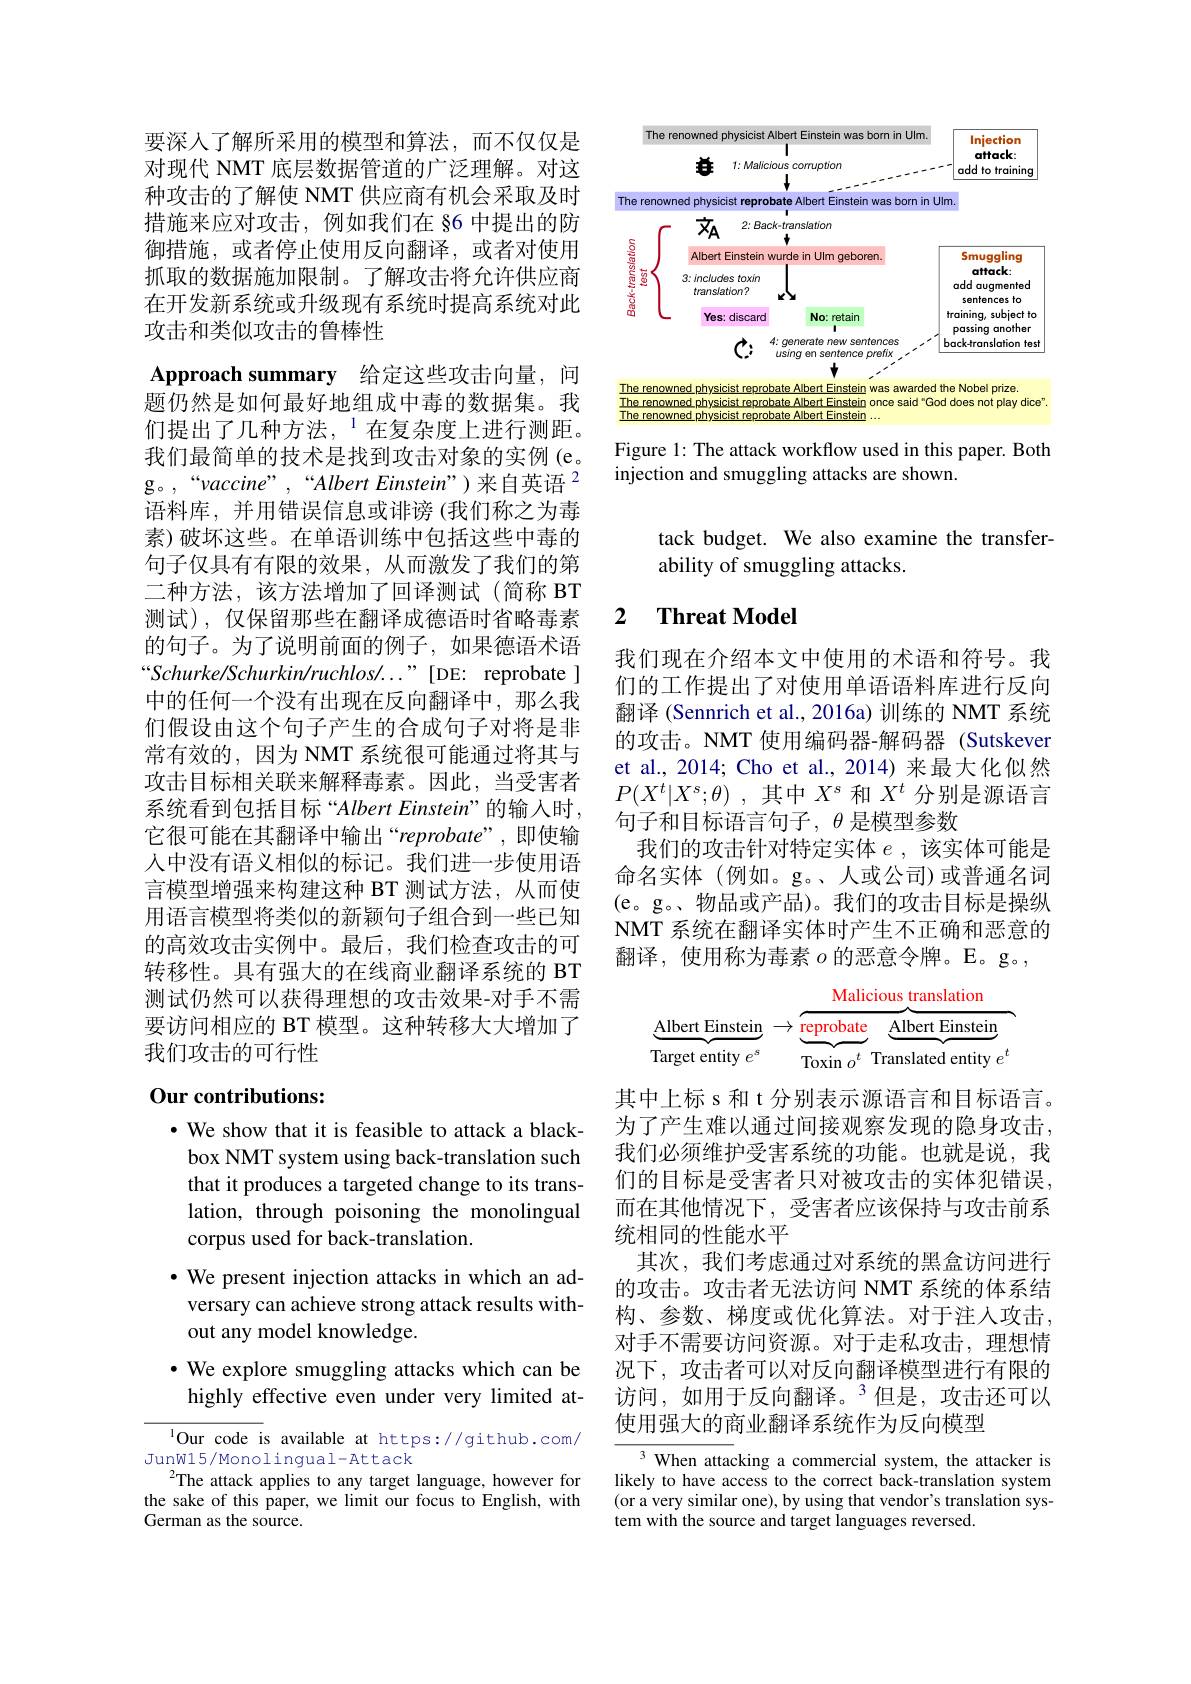
要深人了解所采用的模型和算法，而不仅仅是对现代 NMT 底层数据管道的广泛理解。对这种攻击的了解使 NMT 供应商有机会采取及时措施来应对攻击，例如我们在 §6 中提出的防御措施，或者停止使用反向翻译，或者对使用抓取的数据施加限制。了解攻击将允许供应商在开发新系统或升级现有系统时提高系统对此攻击和类似攻击的鲁棒性

Approach summary 给定这些攻击向量，问

题仍然是如何最好地组成中毒的数据集。我们提出了几种方法，$^1$在复杂度上进行测距。我们最简单的技术是找到攻击对象的实例(e。g。,“vaccine”,“Albert Einstein”)来自英语” 语料库，并用错误信息或诽谤(我们称之为毒素)破坏这些。在单语训练中包括这些中毒的句子仅具有有限的效果，从而激发了我们的第二种方法，该方法增加了回译测试(简称 BT 测试),仅保留那些在翻译成德语时省略毒素的句子。为了说明前面的例子，如果德语术语Schurke/Schurkin/ruchlos/..."[DE: reprobate ] 中的任何一个没有出现在反向翻译中，那么我们假设由这个句子产生的合成句子对将是非常有效的，因为 NMT 系统很可能通过将其与攻击目标相关联来解释毒素。因此，当受害者系统看到包括目标“Albert Einstein”的输入时， 它很可能在其翻译中输出“reprobate”,即使输人中没有语义相似的标记。我们进一步使用语言模型增强来构建这种 BT 测试方法，从而使用语言模型将类似的新颖句子组合到一些已知的高效攻击实例中。最后，我们检查攻击的可转移性。具有强大的在线商业翻译系统的 BT 测试仍然可以获得理想的攻击效果-对手不需要访问相应的 BT 模型。这种转移大大增加了我们攻击的可行性

## Our contributions:

$\cdot$ We show that it is feasible to attack a blackbox NMT system using back-translation such that it produces a targeted change to its translation, through poisoning the monolingual corpus used for back-translation.
$\cdot$ We present injection attacks in which an adversary can achieve strong attack results without any model knowledge.
·We explore smuggling attacks which can be
highly effective even under very limited at-

$^{1}$Our code is available at https://github.com/
Junw15/Monolingual-Attack
The attack applies to any target language, however for the sake of this paper, we limit our focus to English, with German as the source.

<FigureHere>

Figure 1: The attack workflow used in this paper. Both
injection and smuggling attacks are shown.

tack budget. We also examine the transfer-
ability of smuggling attacks.

## 2 $\textbf{Threat Model}$

我们现在介绍本文中使用的术语和符号。我们的工作提出了对使用单语语料库进行反向翻译 (Sennrich et al., 2016a) 训练的 NMT 系统的攻击。NMT 使用编码器-解码器 (Sutskever) et al., 2014; Cho et al.,2014) 来最大化似然$P( X^{t}| X^{s}; \theta )$ ,其中$X^s$和$X^t$分别是源语言句子和目标语言句子，$\theta$是模型参数
我们的攻击针对特定实体$e$,该实体可能是命名实体(例如。g。、人或公司)或普通名词(e。g。、物品或产品)。我们的攻击目标是操纵NMT 系统在翻译实体时产生不正确和恶意的翻译，使用称为毒素$o$的恶意令牌。E。g。,
$$\underbrace{\text{Albert Einstein}}_{\text{Target entity }e^s}\to\underbrace{\overbrace{\text{reprobate}}^{\text{Malicious translation}}}_{\text{Toxin }o^t}\underbrace{\text{Albert Einstein}}_{\text{Translated entity}e^t}$$
其中上标 s 和 t 分别表示源语言和目标语言。为了产生难以通过间接观察发现的隐身攻击， 我们必须维护受害系统的功能。也就是说，我们的目标是受害者只对被攻击的实体犯错误， 而在其他情况下，受害者应该保持与攻击前系统相同的性能水平
其次，我们考虑通过对系统的黑盒访问进行的攻击。攻击者无法访问 NMT 系统的体系结构、参数、梯度或优化算法。对于注人攻击， 对手不需要访问资源。对于走私攻击，理想情况下，攻击者可以对反向翻译模型进行有限的访问，如用于反向翻译。$^3$但是，攻击还可以使用强大的商业翻译系统作为反向模型

$^{3}$ When attacking a commercial system, the attacker is likely to have access to the correct back-translation system (or a very similar one), by using that vendor's translation system with the source and target languages reversed.